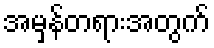
အမှန်တရားအတွက်